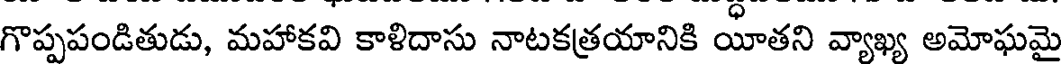
గొప్పపండితుడు, మహాకవి కాళిదాసు నాటకత్రయానికి యాతని వ్యాఖ్య అమోఘమై